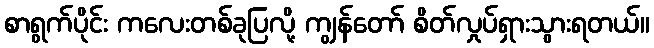
စာရွက်ပိုင်း ကလေးတစ်ခုပြလို့ ကျွန်တော် စိတ်လှုပ်ရှားသွားရတယ်။